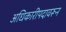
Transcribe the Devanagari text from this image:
अधिकारीपदावरून